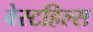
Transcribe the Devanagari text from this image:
वेस्टहिल्स